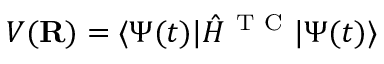
V ( { \bf { R } } ) = \langle \Psi ( t ) | \hat { H } ^ { \mathrm { ~ T ~ C ~ } } | \Psi ( t ) \rangle